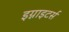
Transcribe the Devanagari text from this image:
इग्नाइटर्स